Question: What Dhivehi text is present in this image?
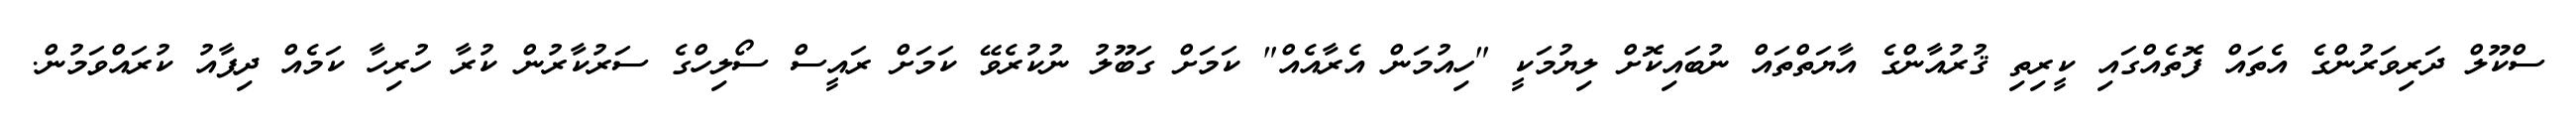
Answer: ސްކޫލް ދަރިވަރުންގެ އެތައް ފޮތެއްގައި ކީރިތި ޤުރުއާންގެ އާޔަތްތައް ނުބައިކޮށް ލިޔުމަކީ "ހިއުމަން އެރާއެއް" ކަމަށް ގަބޫލު ނުކުރެވޭ ކަމަށް ރައީސް ސޯލިހްގެ ސަރުކާރުން ކުރާ ހުރިހާ ކަމެއް ދިފާއު ކުރައްވަމުން.